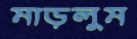
মাড়লুম